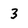
Character: 3